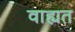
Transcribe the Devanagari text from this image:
वाह्यत